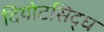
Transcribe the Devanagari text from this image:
दियोटसिद्ध